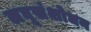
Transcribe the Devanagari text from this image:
लघूसंशोधन